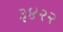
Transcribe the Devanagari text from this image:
३४२२